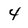
Character: 4